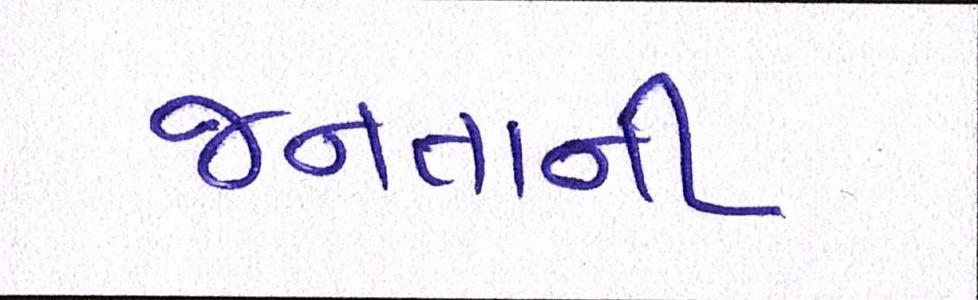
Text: જનતાની